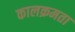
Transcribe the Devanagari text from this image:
कालक्रमता